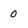
Character: 0